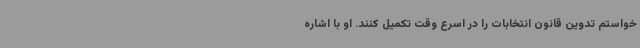
خواستم تدوین قانون انتخابات را در اسرع وقت تکمیل کنند. او با اشاره